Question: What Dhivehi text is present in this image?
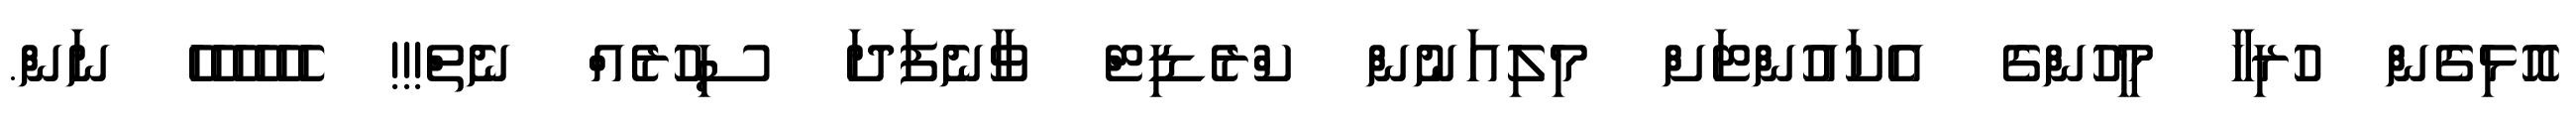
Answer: އޮޅިގެން ހުރިހާ މީހުންގެ އެކައުންޓަށް މިލިއަނުން ކްރެޑިޓް ވާނެފަދަ ސިހުރެއް ނެތް!!! ހެހެހެހެހެހެ ނަން.